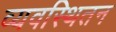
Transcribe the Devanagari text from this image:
व्यवस्थितन